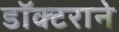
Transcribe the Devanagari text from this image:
डॉक्टराने